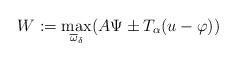
LaTeX: \begin{align*}W := \max_{\overline{\omega}_\delta} (A \Psi\pm T_\alpha (u - \varphi))\end{align*}